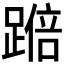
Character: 𫏚